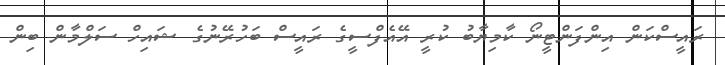
ރައީސްކަން އިންފަންޓީނޯ ކާމިޔާބު ކުރީ އޭއެފްސީގެ ރައީސް ބަހުރޭނުގެ ޝައިހް ސަލްމާން ބިން